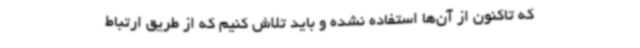
که تاکنون از آن‌ها استفاده نشده و باید تلاش کنیم که از طریق ارتباط